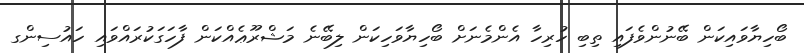
ބޯހިޔާވައިކަން ބޭނުންވެފައި ތިބި ހުރިހާ އެންމެނަށް ބޯހިޔާވަހިކަން ލިބޭނެ މަޝްރޫޢެއްކަން ފާހަގަކުރައްވައި ހައުސިންގ